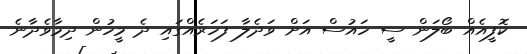
ކޮފީއެއް ބޯލަން ސީ ހައުސް އަށް ވަދެލާ ފަހަރެއްގައި ދެ މީހުން ދިމާވެދާނެ